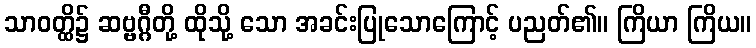
သာဝတ္ထိ၌ ဆဗ္ဗဂ္ဂီတို့ ထိုသို့ သော အခင်းပြုသောကြောင့် ပညတ်၏။ ကြိယာ ကြိယ။